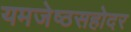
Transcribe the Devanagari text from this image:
यमजेष्ठसहोदर